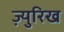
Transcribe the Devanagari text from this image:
ज़्युरिख